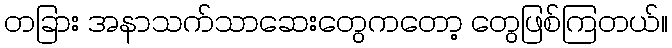
တခြား အနာသက်သာဆေးတွေကတော့ တွေဖြစ်ကြတယ်။